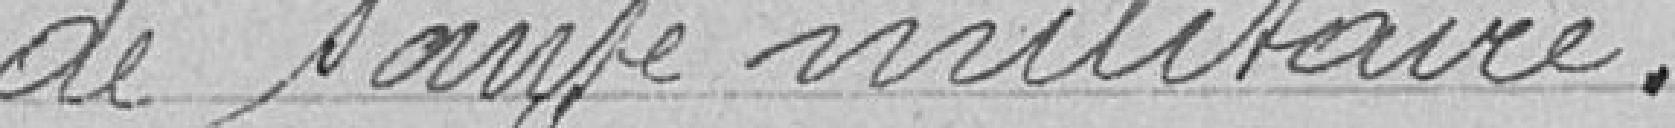
de santé militaire.